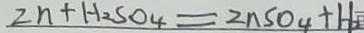
2 n + H _ { 2 } S O _ { 4 } = 2 n S 0 _ { 4 } + H _ { 2 }